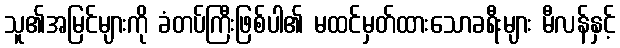
သူ၏အမြင်များကို ခံတပ်ကြီးဖြစ်ပါ၏ မထင်မှတ်ထားသောခရီးများ မီလန်နှင့်